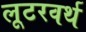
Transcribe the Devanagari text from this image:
लूटरवर्थ